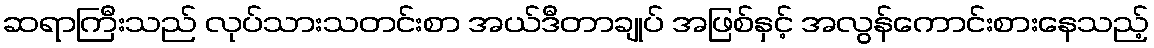
ဆရာကြီးသည် လုပ်သားသတင်းစာ အယ်ဒီတာချုပ် အဖြစ်နှင့် အလွန်ကောင်းစားနေသည့်